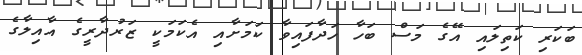
ބަކަރި ކަތިލައި އޭގެ މަސް ބަހާ ހަދާފައިވާ ކަމަށާއި އެކަމަކީ ޒަރުދާރީގެ އާއިލާގެ